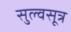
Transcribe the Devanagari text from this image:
सुल्वसूत्र